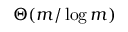
\Theta ( m / \log m )